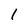
Character: 1